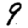
Digit: 9